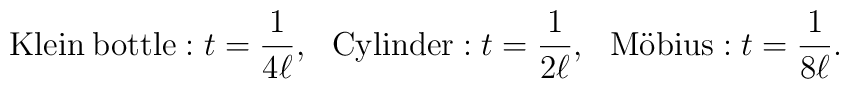
{\rm Klein \:bottle}: t = \frac{1}{4\ell}, ~~{\rm Cylinder}: t = \frac{1}{2\ell}, ~~{\rm M\ddot{o}bius}: t = \frac{1}{8\ell}.